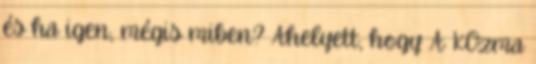
és ha igen, mégis miben? Ahelyett, hogy A KOzma